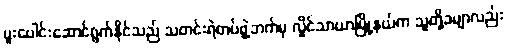
ပူးပေါင်းဆောင်ရွက်နိုင်သည် သတင်းရဲတပ်ဖွဲ့ဘက်မှ လှိုင်သာယာမြို့နယ်က သူတို့ခမျာလည်း